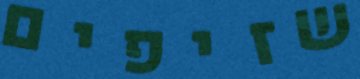
שזיפים